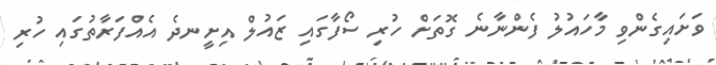
ވަށައިގެންވި މާހައުލު ފެންނާނެ ގޮތަށް ހުރި ސޯފާގައި ޒައުލް އިށީނދެ އެއްފަރާތުގައި ހުރި